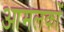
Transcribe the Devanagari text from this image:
आमलकों